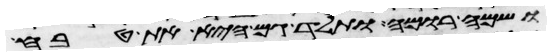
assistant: ושמה רומה ותלד גם היא את טבח